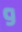
و